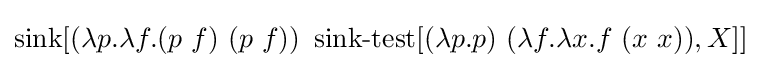
\operatorname {sink} [(\lambda p.\lambda f.(p\ f)\ (p\ f))\ \operatorname {sink-test} [(\lambda p.p)\ (\lambda f.\lambda x.f\ (x\ x)),X]]